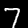
Label: 7